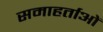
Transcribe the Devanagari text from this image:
समाहर्ताओं